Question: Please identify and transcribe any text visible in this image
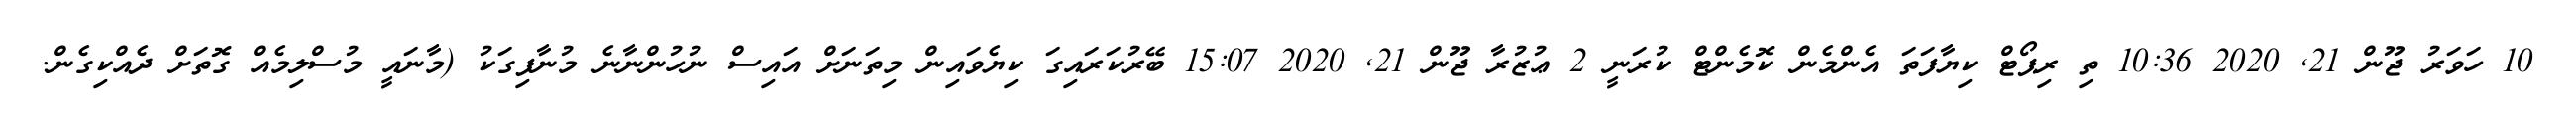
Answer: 10 ހަވަރު ޖޫން 21, 2020 10:36 ތި ރިޕޯޓް ކިޔާފަތަ އެންމެން ކޮމެންޓް ކުރަނީ 2 ޢުޒުރާ ޖޫން 21, 2020 15:07 ބޭރުކަރައިގަ ކިޔެވައިން މިތަނަށް އައިސް ނުހުންނާނެ މުނާފިގަކު (މާނައީ މުސްލިމެއް ގޮތަށް ދެއްކިގެން.